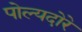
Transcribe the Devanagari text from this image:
पोल्यदोरे